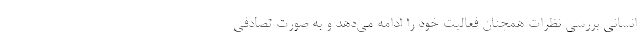
انسانی بررسی نظرات همچنان فعالیت خود را ادامه می‌دهد و به صورت تصادفی